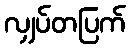
လျှပ်တပြက်